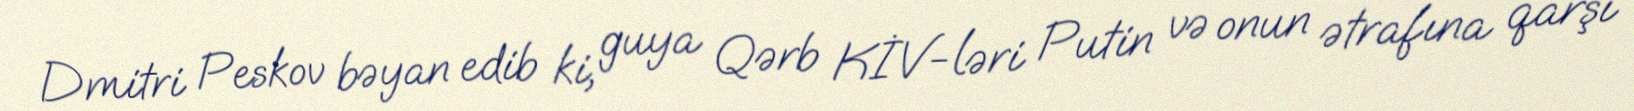
Dmitri Peskov bəyan edib ki, guya Qərb KİV-ləri Putin və onun ətrafına qarşı